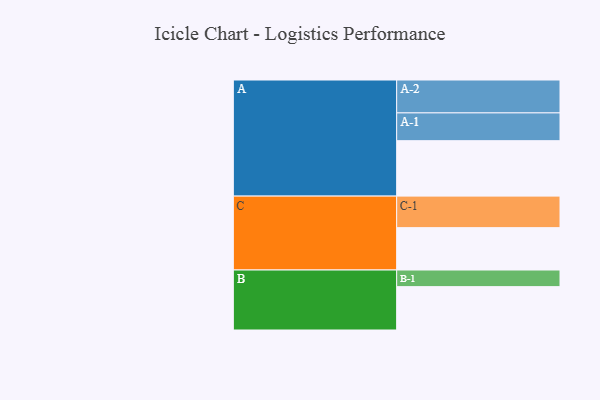
{"axis": {"x": "Segment", "y": "Value"}, "legend": ["", "A", "B", "C"], "data": [{"x": "A", "y": 487, "type": ""}, {"x": "B", "y": 381, "type": ""}, {"x": "C", "y": 372, "type": ""}, {"x": "A-1", "y": 244, "type": "A"}, {"x": "A-2", "y": 289, "type": "A"}, {"x": "B-1", "y": 146, "type": "B"}, {"x": "C-1", "y": 277, "type": "C"}]}